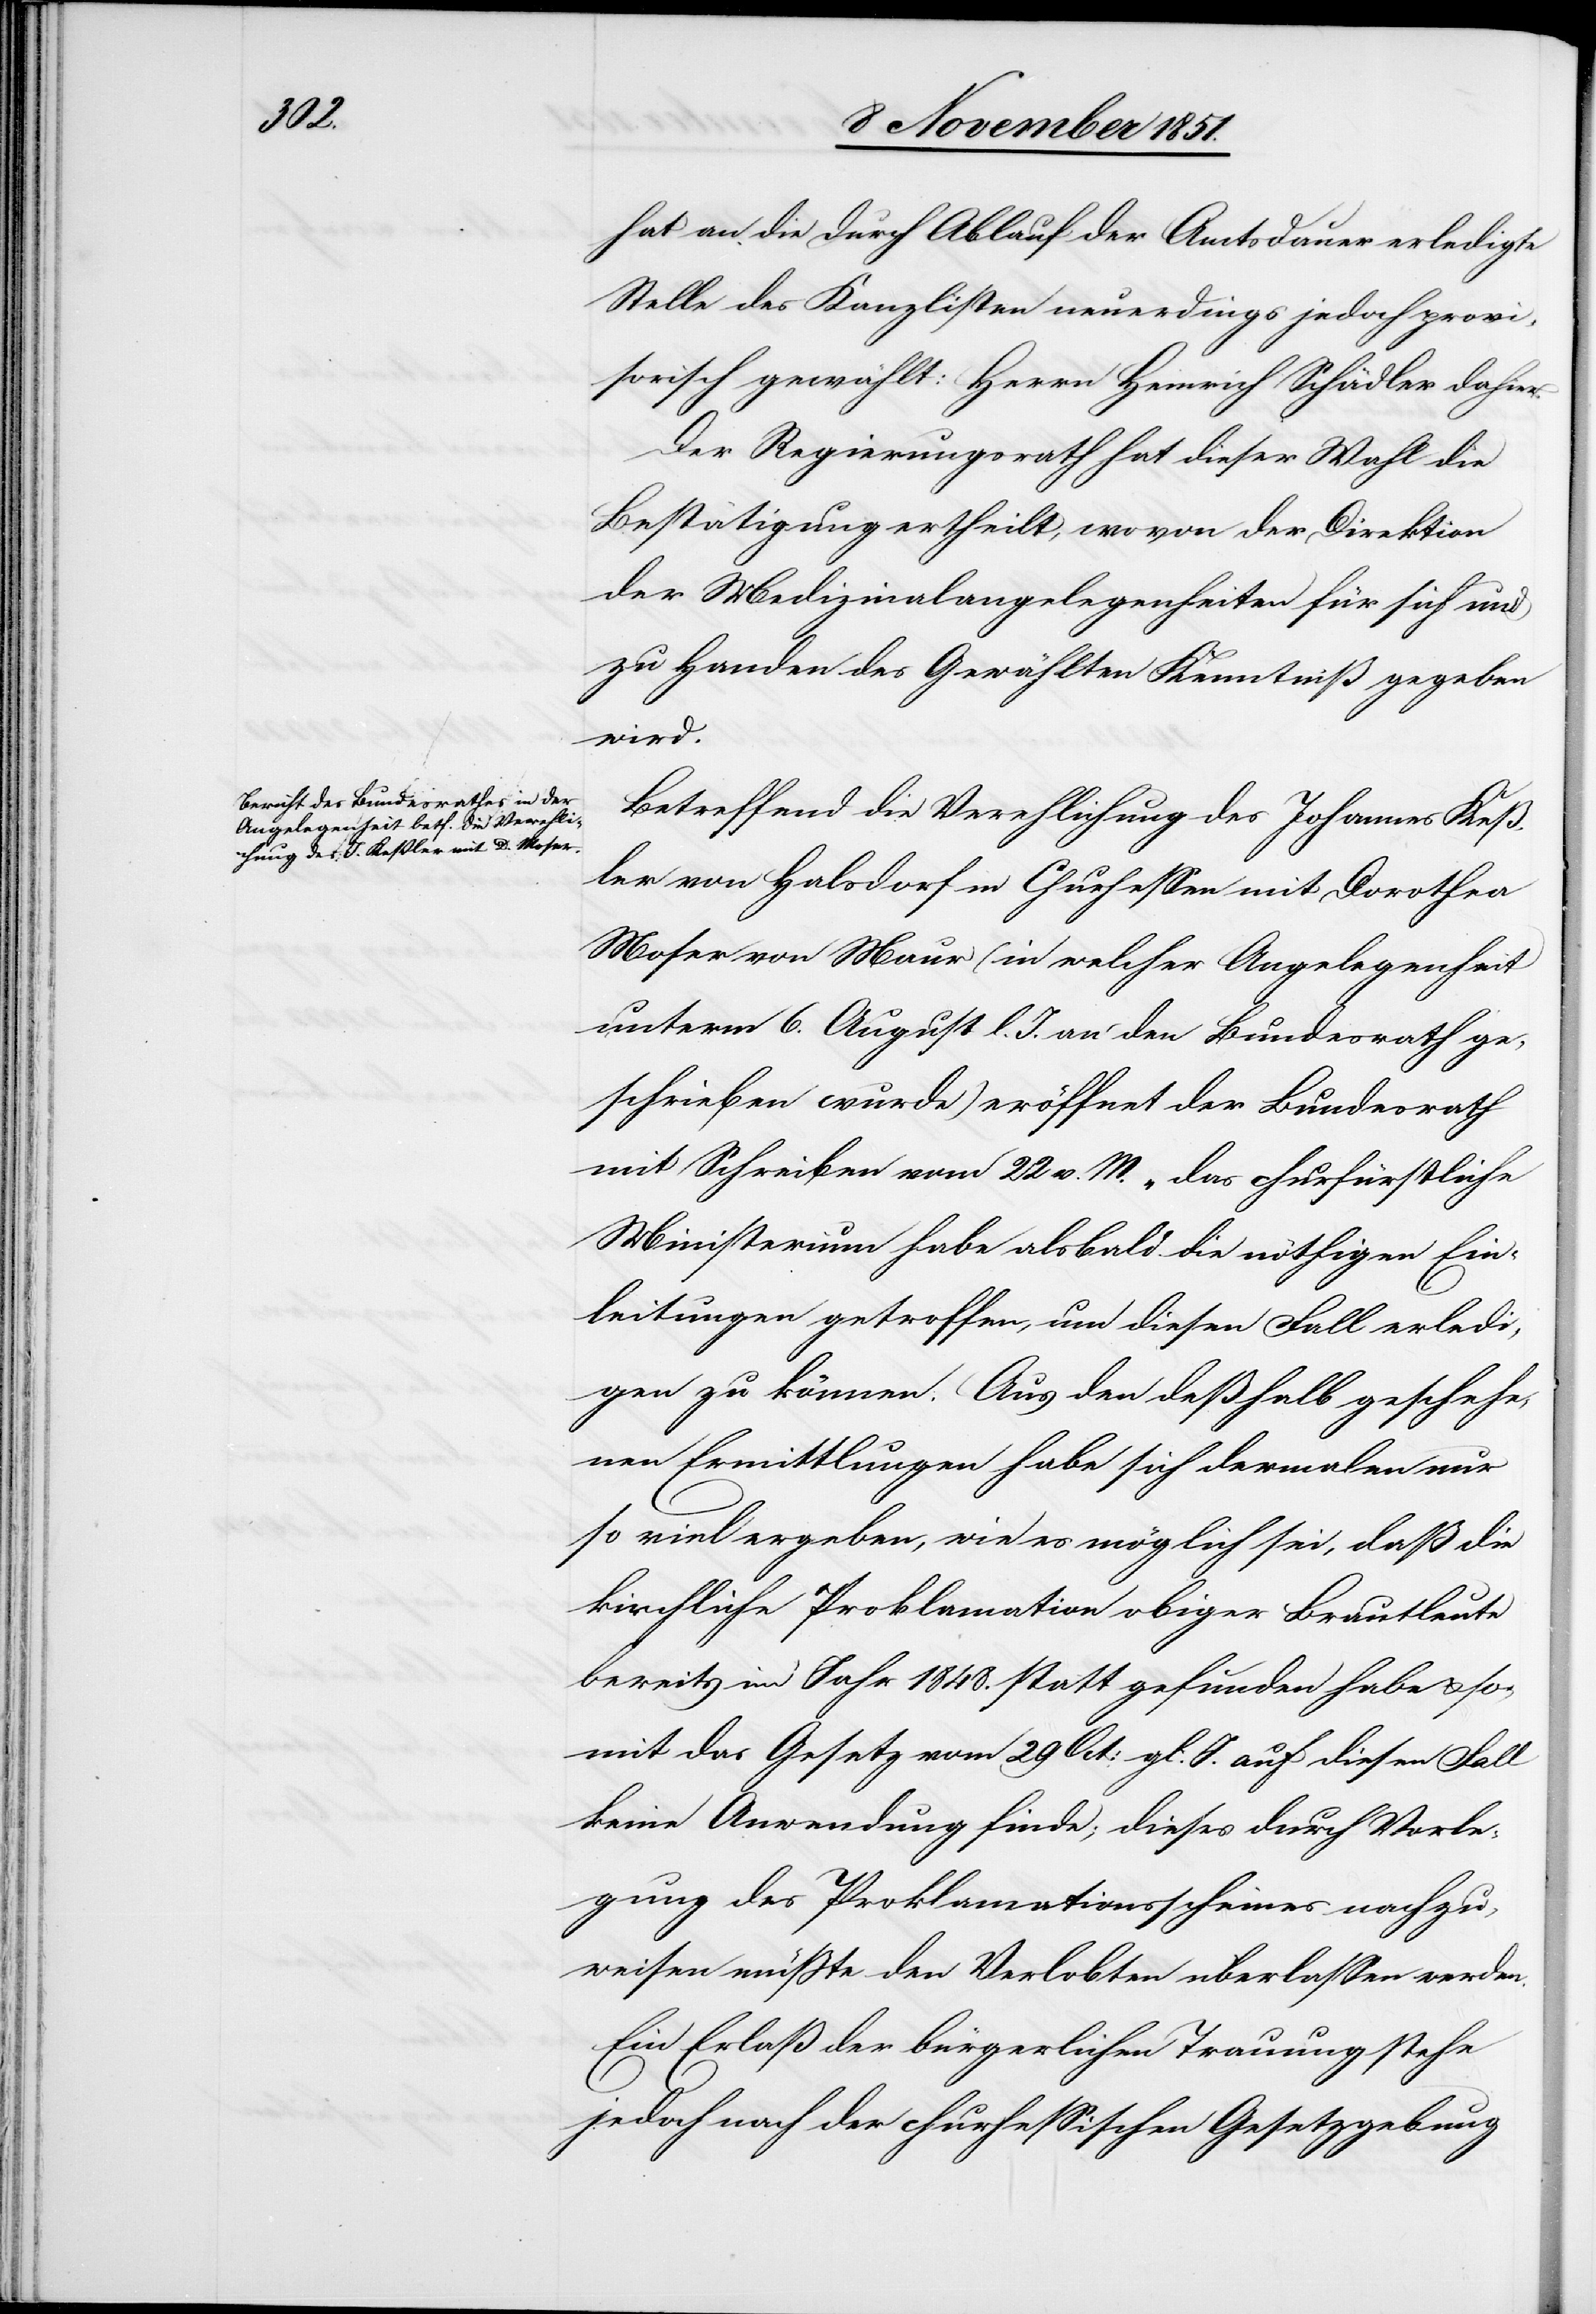
hat an die durch Ablauf der Amtsdauer erledigte
Stelle des Kanzlisten neuerdings jedoch provi¬
sorisch gewählt: Herrn Heinrich Schädler dahier.
Der Regierungsrath hat dieser Wahl die
Bestätigung ertheilt, wovon der Direktion
der Medizinalangelegenheiten für sich und
zu Handen des Gewählten Kenntniß gegeben
wird.
Betreffend die Verehlichung des Johannes Keß¬
ler von Halsdorf in Churhessen mit Dorothea
Moser von Maur (in welcher Angelegenheit
unterm 6. August l. J. an den Bundesrath ge¬
schrieben wurde) eröffnet der Bundesrath
mit Schreiben vom 22 v. M. „das churfürstliche
Ministerium habe alsbald die nöthigen Ein¬
leitungen getroffen, um diesen Fall erledi¬
gen zu können. Aus den deßhalb geschehe¬
nen Ermittlungen habe sich dermalen nur
so viel ergeben, wie es möglich sei, daß die
kirchliche Proklamation obiger Brautleute
bereits im Jahr 1848. statt gefunden habe & so¬
mit das Gesetz vom 29 Oct: gl: J. auf diesen Fall
keine Anwendung finde; dieses durch Vorle¬
gung des Proklamationsscheines nachzu¬
weisen müßte den Verlobten überlassen werden.
Ein Erlaß der bürgerlichen Trauung stehe
jedoch nach der churhessischen Gesetzgebung